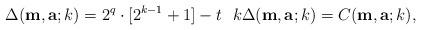
LaTeX: \begin{align*} \Delta(\mathbf{m},\mathbf{a};k)=2^q \cdot [ 2^{k-1} + 1] -t \,\, \,\, k\Delta(\mathbf{m},\mathbf{a};k)=C(\mathbf{m},\mathbf{a};k), \end{align*}